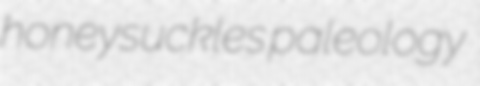
honeysuckles paleology